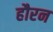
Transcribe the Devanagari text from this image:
हौरन